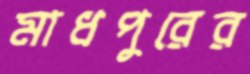
মাধপুরের